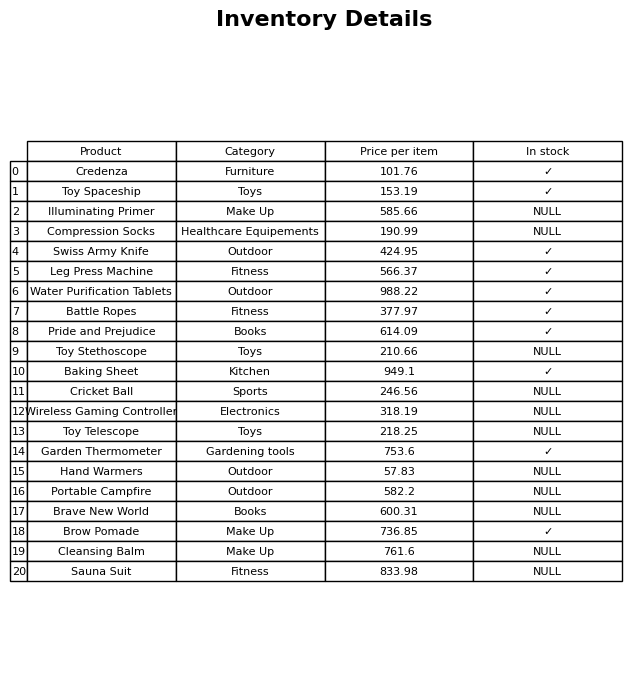
question: What is the price for Garden Thermometer?
answer: The price of Garden Thermometer is 753.6.